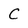
Character: C